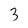
Character: 3